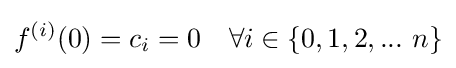
f^{(i)}(0)=c_{i}=0\quad \forall i\in \{0,1,2,...\ n\}